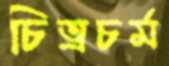
চিত্রচর্ম